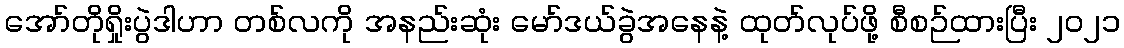
အော်တိုရှိုးပွဲဒါဟာ တစ်လကို အနည်းဆုံး မော်ဒယ်ခွဲအနေနဲ့ ထုတ်လုပ်ဖို့ စီစဉ်ထားပြီး ၂၀၂၁